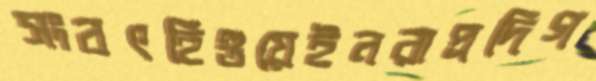
সংবৎহিগুয়েইনরাপ্রদিগ